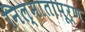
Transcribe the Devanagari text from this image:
निल्मातापूर्ण